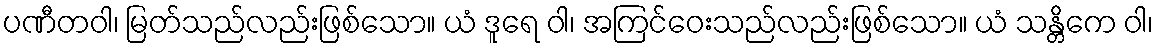
ပဏီတဝါ၊ မြတ်သည်လည်းဖြစ်သော။ ယံ ဒူရေ ဝါ၊ အကြင်ဝေးသည်လည်းဖြစ်သော။ ယံ သန္တိကေ ဝါ၊